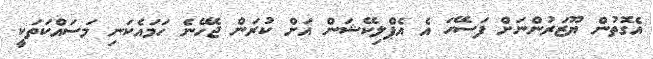
އެގޮތުން ޔޫޒަރުންނަށް ފަސޭހަ އެ އެޕްލިކޭޝަން އަށް ކުރަން ޖެހޭނެ ހަމައެކަނި މަސައްކަތަކީ